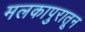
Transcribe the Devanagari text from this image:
मलकापुरातून